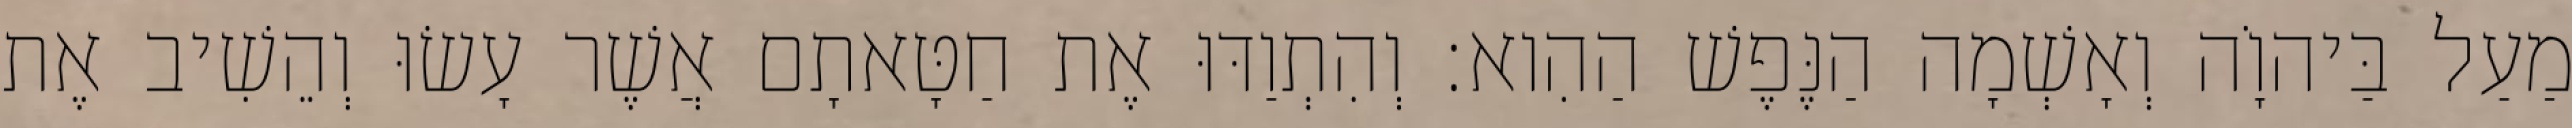
מַעַל בַּיהוָֹה וְאָשְׁמָה הַנֶּפֶשׁ הַהִוא׃ וְהִתְוַדּוּ אֶת חַטָּאתָם אֲשֶׁר עָשׂוּ וְהֵשִׁיב אֶת